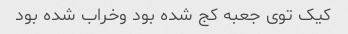
کیک توی جعبه کج شده بود وخراب شده بود